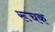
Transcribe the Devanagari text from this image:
रूचक